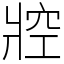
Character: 㸜